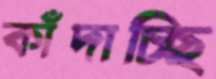
কাঁদাচ্ছি